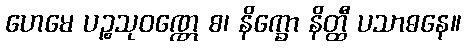
ဟေမေ ပဉ္စသုဝဏ္ဏေ စ၊ နိက္ခော နိတ္ထီ ပသာဓနေ။